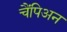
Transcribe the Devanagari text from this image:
चैंपिअन